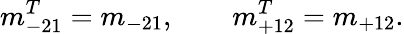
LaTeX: m_{-21}^{T}=m_{-21},\qquad m_{+12}^{T}=m_{+12}.